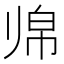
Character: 𱍲